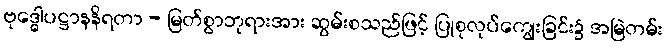
ဗုဒ္ဓေါပဋ္ဌာနနိရတာ - မြတ်စွာဘုရားအား ဆွမ်းစသည်ဖြင့် ပြုစုလုပ်ကျွေးခြင်း၌ အမြဲတမ်း